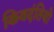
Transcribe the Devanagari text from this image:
किवदंतियो